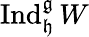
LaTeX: \operatorname{Ind}_{\mathfrak{h}}^{\mathfrak{g}}W